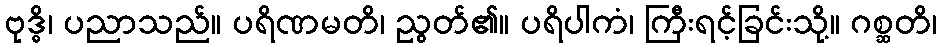
ဗုဒ္ဓိ၊ ပညာသည်။ ပရိဏမတိ၊ ညွတ်၏။ ပရိပါကံ၊ ကြီးရင့်ခြင်းသို့။ ဂစ္ဆတိ၊